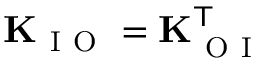
\mathbf { K } _ { \mathrm { ~ I ~ O ~ } } = \mathbf { K } _ { \mathrm { ~ O ~ I ~ } } ^ { \mathsf { T } }